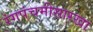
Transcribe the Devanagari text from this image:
रंगपंचमीसारखा